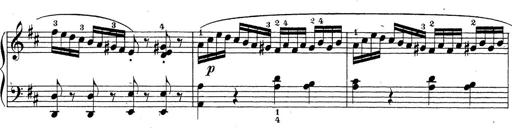
Title: Sonatina Album
Composer: Louis KÃ¶hler